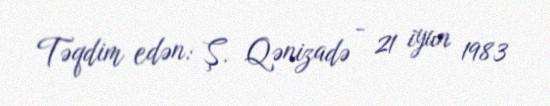
Təqdim edən: Ş. Qənizadə - 21 iyun 1983